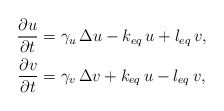
\begin{align*} \displaystyle{\frac{\partial u}{\partial t}} & = \gamma_u\, \Delta u - k_{eq}\,u + l_{eq}\,v, \\ \displaystyle{\frac{\partial v}{\partial t}} &= \gamma_v\, \Delta v + k_{eq}\,u - l_{eq}\,v, \end{align*}